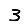
Digit: 3